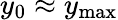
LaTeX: y_{0}\approx y_{\mathrm{{max}}}